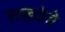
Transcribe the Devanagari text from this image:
सख्येचे